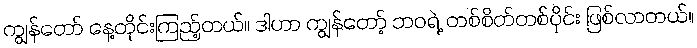
ကျွန်တော် နေ့တိုင်းကြည့်တယ်။ ဒါဟာ ကျွန်တော့် ဘဝရဲ့ တစ်စိတ်တစ်ပိုင်း ဖြစ်လာတယ်။